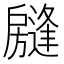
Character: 𱟧